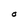
Character: O